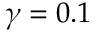
\gamma = 0 . 1